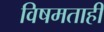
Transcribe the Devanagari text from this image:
विषमताही